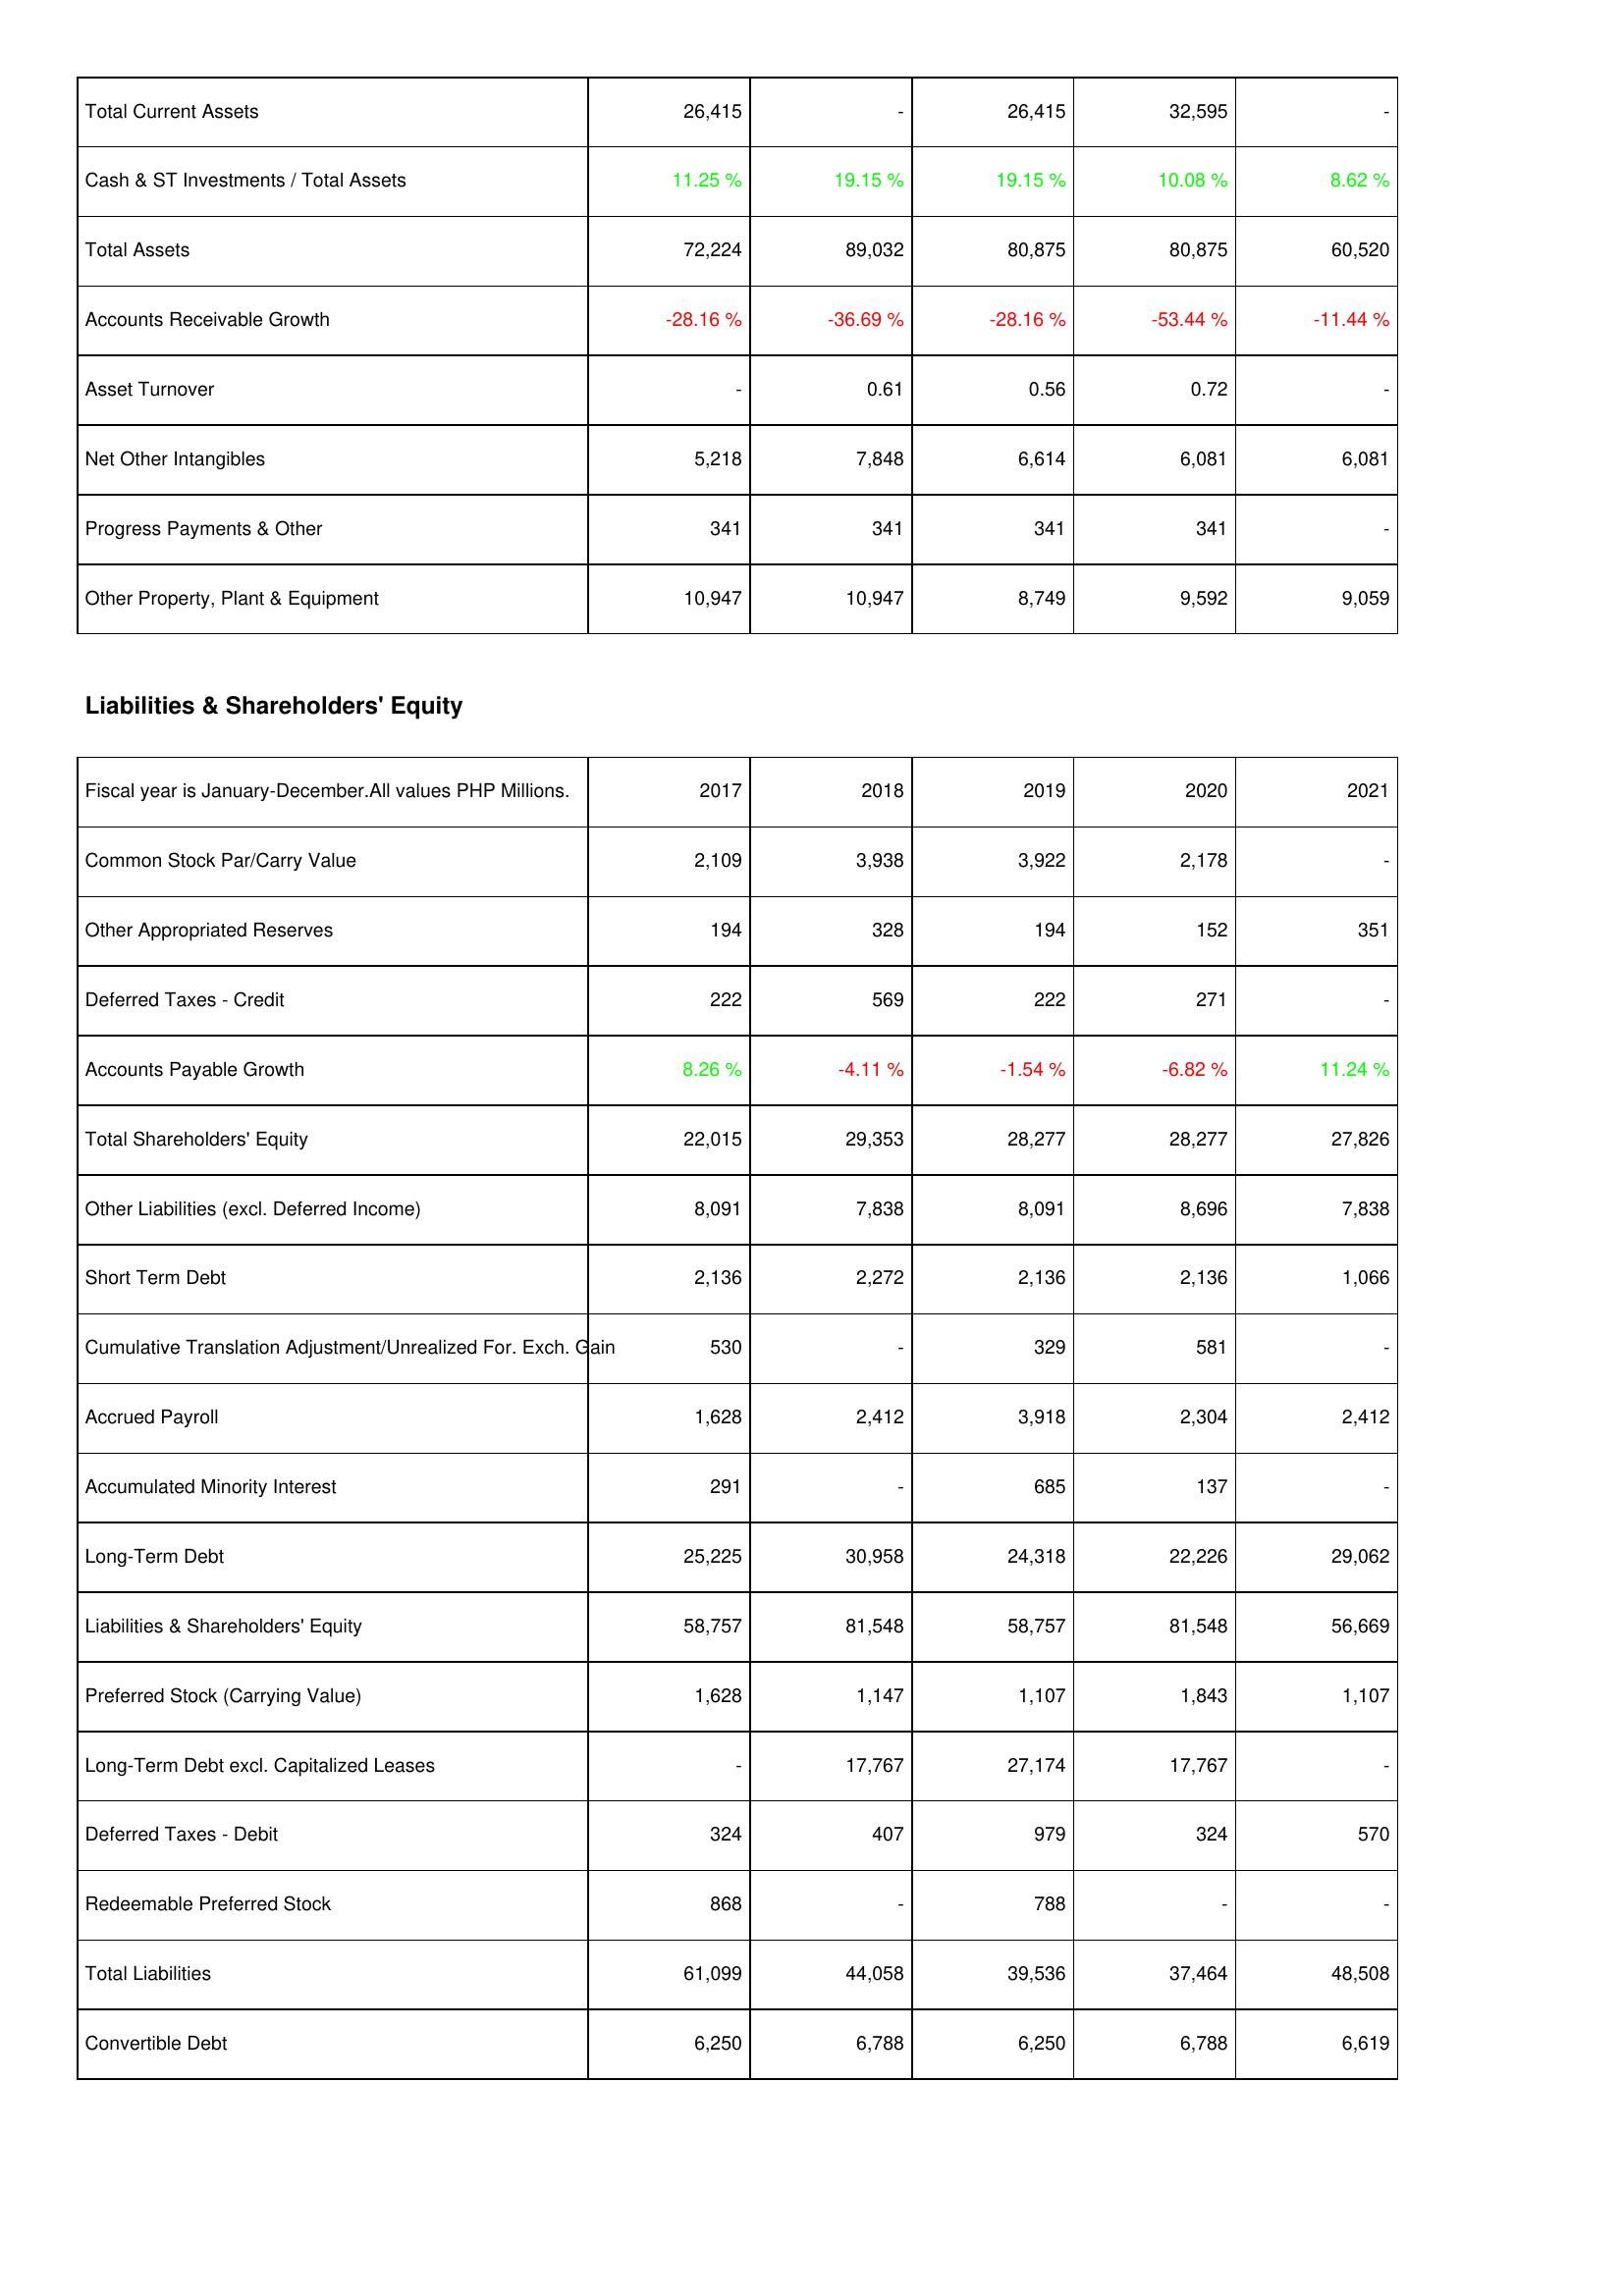
2017: Assets: Total Current Assets: 26,415
Cash & ST Investments / Total Assets: 11.25 %
Total Assets: 72,224
Accounts Receivable Growth: -28.16 %
Asset Turnover: -
Net Other Intangibles: 5,218
Progress Payments & Other: 341
Other Property, Plant & Equipment: 10,947
Liabilities & Shareholders' Equity: Common Stock Par/Carry Value: 2,109
Other Appropriated Reserves: 194
Deferred Taxes - Credit: 222
Accounts Payable Growth: 8.26 %
Total Shareholders' Equity: 22,015
Other Liabilities (excl. Deferred Income): 8,091
Short Term Debt: 2,136
Cumulative Translation Adjustment/Unrealized For. Exch. Gain: 530
Accrued Payroll: 1,628
Accumulated Minority Interest: 291
Long-Term Debt: 25,225
Liabilities & Shareholders' Equity: 58,757
Preferred Stock (Carrying Value): 1,628
Long-Term Debt excl. Capitalized Leases: -
Deferred Taxes - Debit: 324
Redeemable Preferred Stock: 868
Total Liabilities: 61,099
Convertible Debt: 6,250
2018: Assets: Total Current Assets: -
Cash & ST Investments / Total Assets: 19.15 %
Total Assets: 89,032
Accounts Receivable Growth: -36.69 %
Asset Turnover: 0.61
Net Other Intangibles: 7,848
Progress Payments & Other: 341
Other Property, Plant & Equipment: 10,947
Liabilities & Shareholders' Equity: Common Stock Par/Carry Value: 3,938
Other Appropriated Reserves: 328
Deferred Taxes - Credit: 569
Accounts Payable Growth: -4.11 %
Total Shareholders' Equity: 29,353
Other Liabilities (excl. Deferred Income): 7,838
Short Term Debt: 2,272
Cumulative Translation Adjustment/Unrealized For. Exch. Gain: -
Accrued Payroll: 2,412
Accumulated Minority Interest: -
Long-Term Debt: 30,958
Liabilities & Shareholders' Equity: 81,548
Preferred Stock (Carrying Value): 1,147
Long-Term Debt excl. Capitalized Leases: 17,767
Deferred Taxes - Debit: 407
Redeemable Preferred Stock: -
Total Liabilities: 44,058
Convertible Debt: 6,788
2019: Assets: Total Current Assets: 26,415
Cash & ST Investments / Total Assets: 19.15 %
Total Assets: 80,875
Accounts Receivable Growth: -28.16 %
Asset Turnover: 0.56
Net Other Intangibles: 6,614
Progress Payments & Other: 341
Other Property, Plant & Equipment: 8,749
Liabilities & Shareholders' Equity: Common Stock Par/Carry Value: 3,922
Other Appropriated Reserves: 194
Deferred Taxes - Credit: 222
Accounts Payable Growth: -1.54 %
Total Shareholders' Equity: 28,277
Other Liabilities (excl. Deferred Income): 8,091
Short Term Debt: 2,136
Cumulative Translation Adjustment/Unrealized For. Exch. Gain: 329
Accrued Payroll: 3,918
Accumulated Minority Interest: 685
Long-Term Debt: 24,318
Liabilities & Shareholders' Equity: 58,757
Preferred Stock (Carrying Value): 1,107
Long-Term Debt excl. Capitalized Leases: 27,174
Deferred Taxes - Debit: 979
Redeemable Preferred Stock: 788
Total Liabilities: 39,536
Convertible Debt: 6,250
2020: Assets: Total Current Assets: 32,595
Cash & ST Investments / Total Assets: 10.08 %
Total Assets: 80,875
Accounts Receivable Growth: -53.44 %
Asset Turnover: 0.72
Net Other Intangibles: 6,081
Progress Payments & Other: 341
Other Property, Plant & Equipment: 9,592
Liabilities & Shareholders' Equity: Common Stock Par/Carry Value: 2,178
Other Appropriated Reserves: 152
Deferred Taxes - Credit: 271
Accounts Payable Growth: -6.82 %
Total Shareholders' Equity: 28,277
Other Liabilities (excl. Deferred Income): 8,696
Short Term Debt: 2,136
Cumulative Translation Adjustment/Unrealized For. Exch. Gain: 581
Accrued Payroll: 2,304
Accumulated Minority Interest: 137
Long-Term Debt: 22,226
Liabilities & Shareholders' Equity: 81,548
Preferred Stock (Carrying Value): 1,843
Long-Term Debt excl. Capitalized Leases: 17,767
Deferred Taxes - Debit: 324
Redeemable Preferred Stock: -
Total Liabilities: 37,464
Convertible Debt: 6,788
2021: Assets: Total Current Assets: -
Cash & ST Investments / Total Assets: 8.62 %
Total Assets: 60,520
Accounts Receivable Growth: -11.44 %
Asset Turnover: -
Net Other Intangibles: 6,081
Progress Payments & Other: -
Other Property, Plant & Equipment: 9,059
Liabilities & Shareholders' Equity: Common Stock Par/Carry Value: -
Other Appropriated Reserves: 351
Deferred Taxes - Credit: -
Accounts Payable Growth: 11.24 %
Total Shareholders' Equity: 27,826
Other Liabilities (excl. Deferred Income): 7,838
Short Term Debt: 1,066
Cumulative Translation Adjustment/Unrealized For. Exch. Gain: -
Accrued Payroll: 2,412
Accumulated Minority Interest: -
Long-Term Debt: 29,062
Liabilities & Shareholders' Equity: 56,669
Preferred Stock (Carrying Value): 1,107
Long-Term Debt excl. Capitalized Leases: -
Deferred Taxes - Debit: 570
Redeemable Preferred Stock: -
Total Liabilities: 48,508
Convertible Debt: 6,619